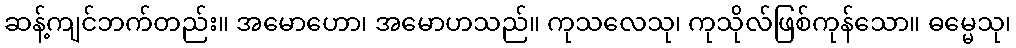
ဆန့်ကျင်ဘက်တည်း။ အမောဟော၊ အမောဟသည်။ ကုသလေသု၊ ကုသိုလ်ဖြစ်ကုန်သော။ ဓမ္မေသု၊